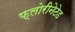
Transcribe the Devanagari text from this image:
फ्लोरीनेटेड